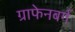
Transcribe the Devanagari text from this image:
ग्राफेनबर्ग